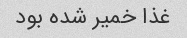
غذا خمیر شده بود